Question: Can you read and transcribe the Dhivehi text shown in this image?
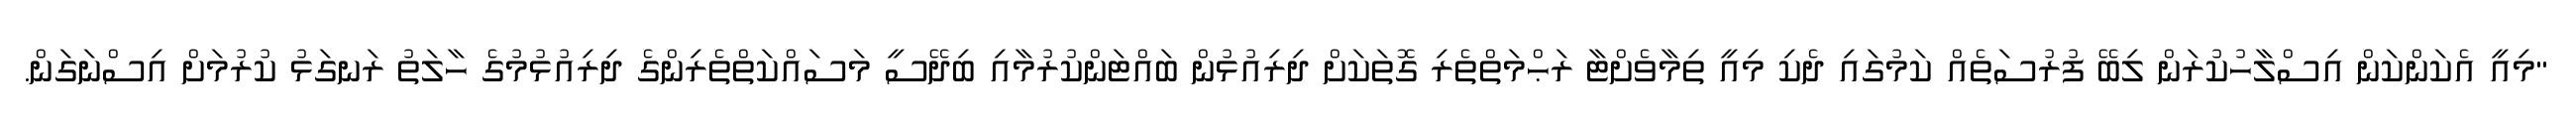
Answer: "މިއީ އެކަންކަން އިސްލާހުކުރަން ލިބޭ ފުރުސަތެއް ކަމުގައި ދެކި މިއީ ތިމާވެށްޓާ ރަޙްމަތްތެރި ގޮތަކަށް ދިރިއުޅުން ބައްޓަންކުރުމާއި ބިދޭސީ މަސައްކަތްތެރިންގެ ދިރިއުޅުމުގެ ހާލަތު ރަނގަޅު ކުރުމަށް އިސްނަގަން.